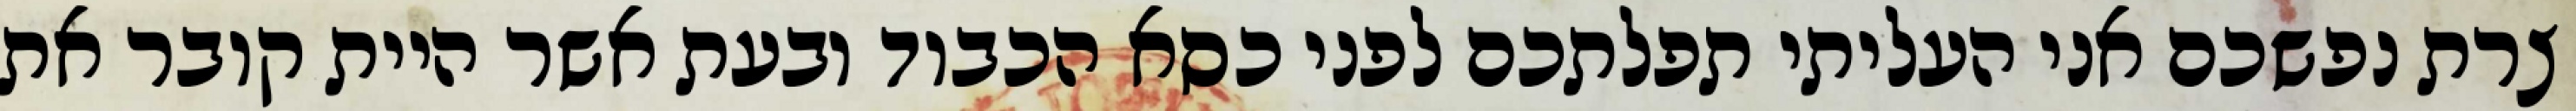
צרת נפשכם אני העליתי תפלתכם לפני כסא הכבוד ובעת אשר היית קובר את